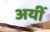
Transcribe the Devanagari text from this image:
अयीं